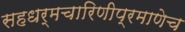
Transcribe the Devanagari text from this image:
सहधर्मचारिणीप्रमाणेच